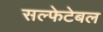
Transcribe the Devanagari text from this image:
सल्फेटेबल